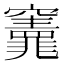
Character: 𮄣